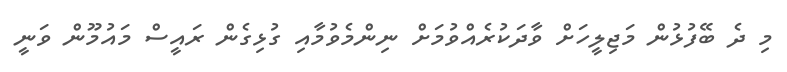
މި ދެ ބޭފުޅުން މަޖިލީހަށް ވާދަކުރެއްވުމަށް ނިންމެވުމާއި ގުޅިގެން ރައީސް މައުމޫން ވަނީ